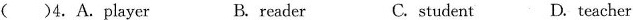
( )4.A.Player B. reader C. student D. teacher